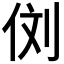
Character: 𰂁